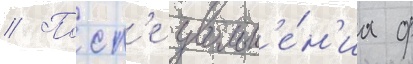
// Посл'е увольн'е́н'иа ф